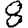
Digit: 8